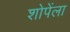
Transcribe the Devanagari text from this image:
शोपेंला